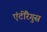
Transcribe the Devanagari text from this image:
एंटीरैगुस